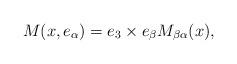
LaTeX: \begin{align*} M(x,e_\alpha) = e_3 \times e_\beta M_{\beta \alpha}(x),\end{align*}